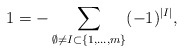
\begin{align*}1 = -\sum_{\emptyset \neq I \subset \{1,\dots,m\}}(-1)^{|I|},\end{align*}